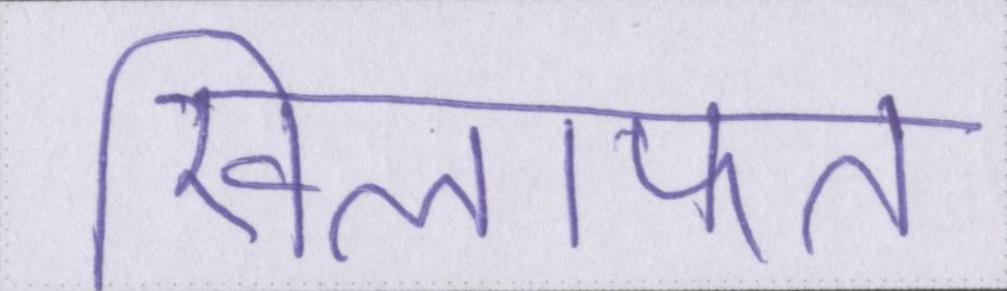
खिलाफत